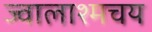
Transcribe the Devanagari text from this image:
ज्वालाश्मचय